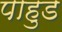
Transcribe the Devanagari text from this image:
पाहुड